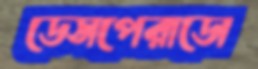
ডেসপেরাডো